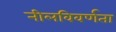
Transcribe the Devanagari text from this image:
नीलविवर्णता